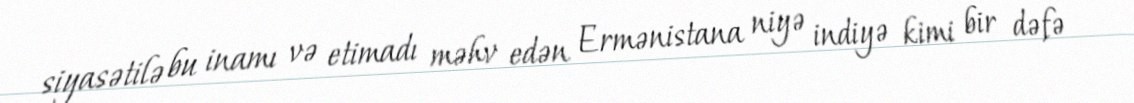
siyasətilə bu inamı və etimadı məhv edən Ermənistana niyə indiyə kimi bir dəfə